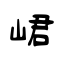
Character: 峮